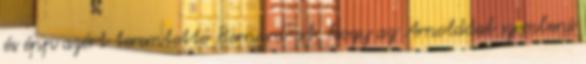
és épp azért teremtette Bernard-ot, hogy az Arnolddal szembeni